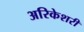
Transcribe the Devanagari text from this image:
अरिकेशरी